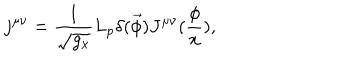
LaTeX: j ^ { \mu \nu } = \frac 1 { \sqrt { g _ { x } } } L _ { p } \delta ( \vec { \phi } ) J ^ { \mu \nu } ( \frac \phi x ) ,